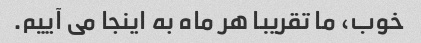
خوب، ما تقریبا هر ماه به اینجا می آییم.